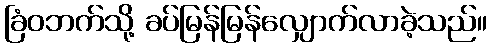
ခြံဝဘက်သို့ ခပ်မြန်မြန်လျှောက်လာခဲ့သည်။